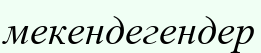
мекендегендер